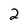
Character: 2